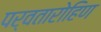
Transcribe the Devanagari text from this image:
पर्वतारोहिण